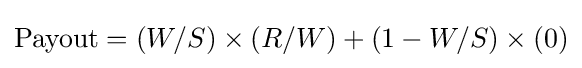
{\rm {Payout}}=(W/S)\times (R/W)+(1-W/S)\times (0)